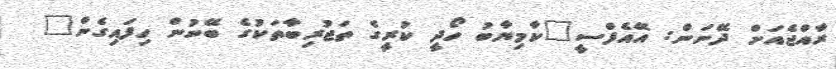
ރާއްޖެއަށް ދޭނަން: އޭއެފްސީ"ކާމިޔާބު ހޯދީ ކުރީގެ ތަޖުރިބާތަކުގެ ބޭނުން ހިފައިގެން"